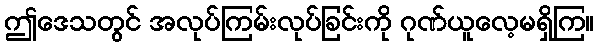
ဤဒေသတွင် အလုပ်ကြမ်းလုပ်ခြင်းကို ဂုဏ်ယူလေ့မရှိကြ။